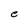
Character: e